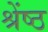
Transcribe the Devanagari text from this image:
श्रेंष्ठ